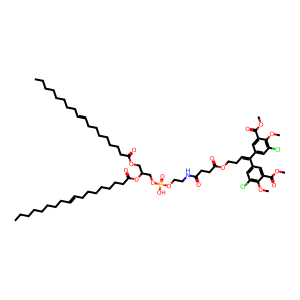
SMILES: CCCCCCCCC=CCCCCCCCC(=O)OCC(COP(=O)(O)OCCNC(=O)CCC(=O)OCCC=C(c1cc(Cl)c(OC)c(C(=O)OC)c1)c1cc(Cl)c(OC)c(C(=O)OC)c1)OC(=O)CCCCCCCC=CCCCCCCCC
Inhibits HIV replication: No